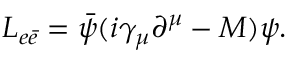
{ \cal L } _ { e \bar { e } } = \bar { \psi } ( i \gamma _ { \mu } \partial ^ { \mu } - M ) \psi .